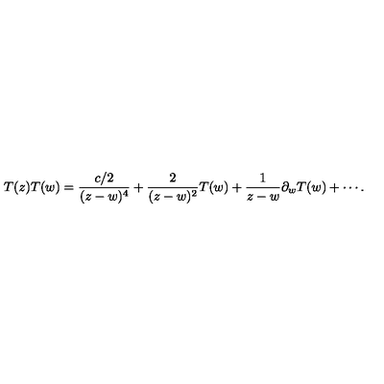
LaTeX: T ( z ) T ( w ) = \frac { { c } / { 2 } } { ( z - w ) ^ { 4 } } + \frac { 2 } { ( z - w ) ^ { 2 } } T ( w ) + \frac { 1 } { z - w } \partial _ { w } T ( w ) + \cdots .